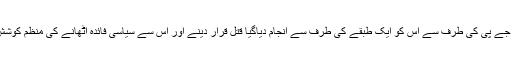
اس دن سے آج تک بی جے پی کی طرف سے اس کو ایک طبقے کی طرف سے انجام دیاگیا قتل قرار دینے اور اس سے سیاسی فائدہ اٹھانے کی منظم کوشش کا سلسلہ چل پڑا ہے۔